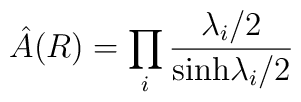
\hat A(R) = \prod_i {\lambda_i/2 \over {\rm sinh} \lambda_i /2}